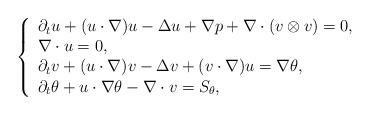
LaTeX: \begin{align*}\left\{\begin{array}{l} \partial_tu+(u\cdot\nabla)u-\Delta u+\nabla p+\nabla\cdot(v\otimes v) =0,\\ \nabla\cdot u=0,\\ \partial_tv+(u\cdot\nabla)v-\Delta v+(v\cdot\nabla)u =\nabla\theta,\\ \partial_t\theta+u\cdot\nabla\theta-\nabla\cdot v=S_\theta, \end{array} \right.\end{align*}